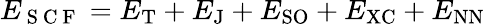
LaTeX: E_{\mathrm{~S~C~F~}}=E_{\textrm{T}}+E_{\textrm{J}}+E_{\textrm{SO}}+E_{\textrm{XC}}+E_{\textrm{NN}}